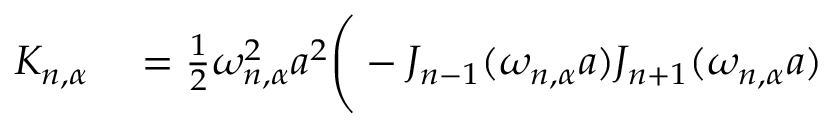
\begin{array} { r l } { K _ { n , \alpha } } & { { } = \frac { 1 } { 2 } \omega _ { n , \alpha } ^ { 2 } a ^ { 2 } \Bigg ( - J _ { n - 1 } ( \omega _ { n , \alpha } a ) J _ { n + 1 } ( \omega _ { n , \alpha } a ) } \end{array}